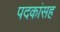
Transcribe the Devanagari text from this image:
पदकांसह